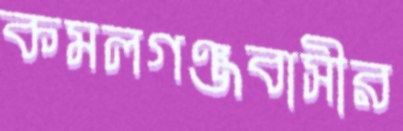
কমলগঞ্জবাসীর